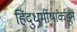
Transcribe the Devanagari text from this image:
हिंदुधर्मीयांकडून